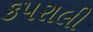
કપરાલી